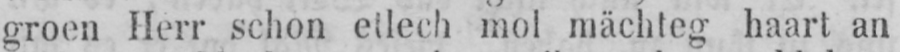
mol mächteg haart an